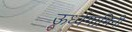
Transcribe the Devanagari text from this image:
ऊर्ध्वगामिनी